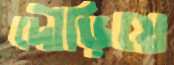
দৌড়িয়ে